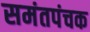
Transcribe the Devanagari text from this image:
समंतपंचक